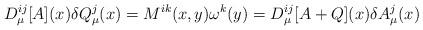
LaTeX: \begin{align*}D_{\mu}^{ij}[A](x)\delta Q_{\mu}^j(x)=M^{ik}(x,y)\omega ^k(y)=D_{\mu}^{ij}[A+Q](x)\delta A_{\mu}^j(x)\end{align*}